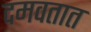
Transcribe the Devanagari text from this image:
दमवतात